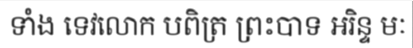
ទាំង ទេវលោក បពិត្រ ព្រះបាទ អរិន្ទ មៈ